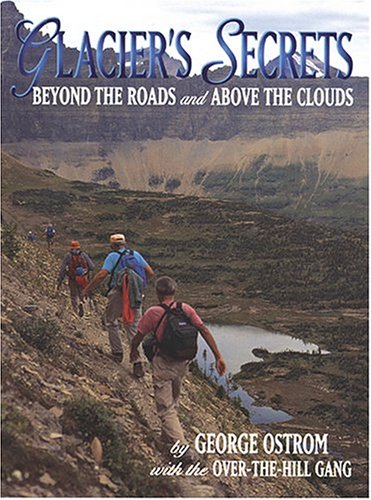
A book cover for Glacier's Secrets: Volume 1; Beyond the Roads and Above the Clouds; George Ostrom; Travel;